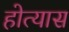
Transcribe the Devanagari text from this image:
होत्यास